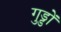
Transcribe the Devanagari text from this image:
गुड्डों